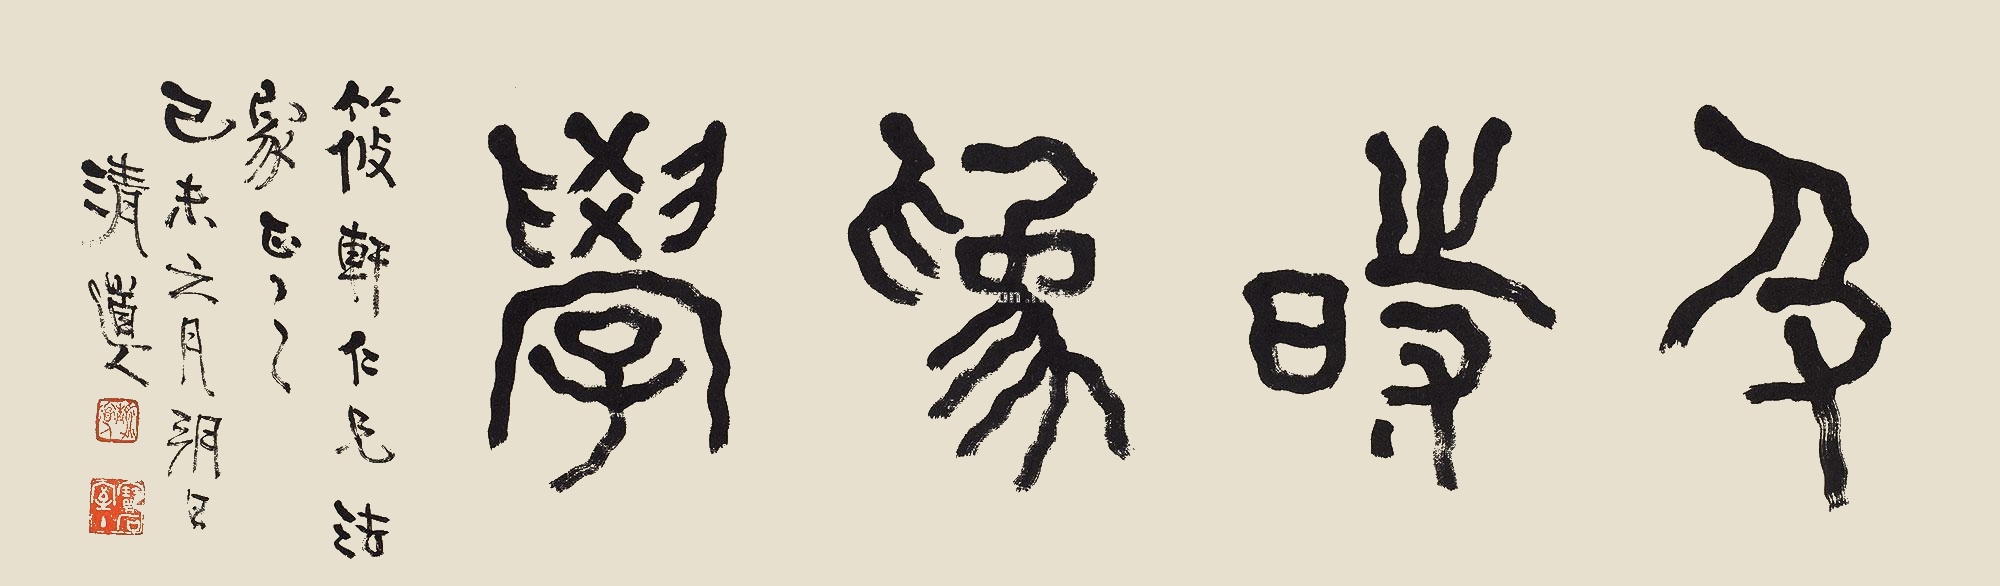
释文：及时为学筱轩仁兄法家正之，己未六月朔日，清道人。